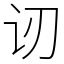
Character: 讱